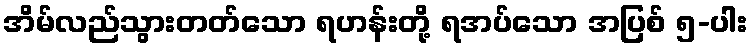
အိမ်လည်သွားတတ်သော ရဟန်းတို့ ရအပ်သော အပြစ် ၅-ပါး